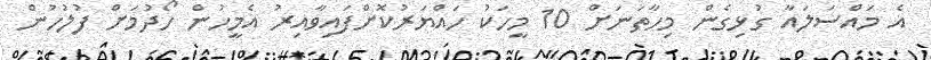
އެ މައްސަލައާ ގުޅިގެން މިހާތަނަށް 10 މީހަކު ހައްޔަރުކޮށްފައިވާއިރު އެމީހުން ހޯދުމަށް ފުލުހުން